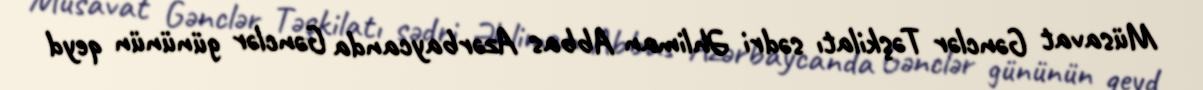
Müsavat Gənclər Təşkilatı sədri Əhliman Abbas Azərbaycanda Gənclər gününün qeyd